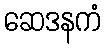
ဆေဒနကံ